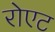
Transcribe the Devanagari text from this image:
रोएट